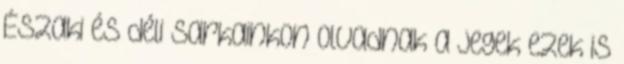
Északi és déli sarkainkon olvadnak a jegek ezek is